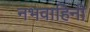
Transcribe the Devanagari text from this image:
नभवाहिनी